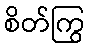
စိတ်ကြွ